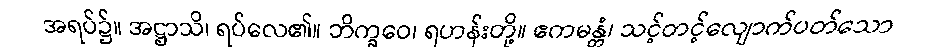
အရပ်၌။ အဋ္ဌာသိ၊ ရပ်လေ၏။ ဘိက္ခဝေ၊ ရဟန်းတို့။ ဧကမန္တံ၊ သင့်တင့်လျောက်ပတ်သော